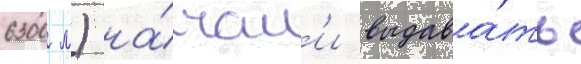
6300 м) на́чал'и выдава́ть